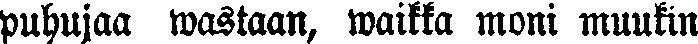
puhujaa wastaan, waikka moni muukin